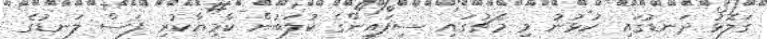
ގަލޮޅު ދަނޑުގައި ކުޅުނު މި މެޗުގައި ސިފައިންގެ ކުލަބުން ކާމިޔާކުރި ފަސް ލަނޑުގެ